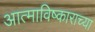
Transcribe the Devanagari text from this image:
आत्माविष्काराच्या